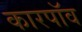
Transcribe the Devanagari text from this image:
कारपॉव